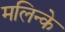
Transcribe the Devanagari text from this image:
मलिन्के